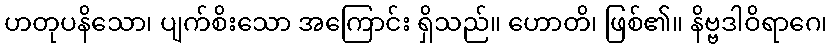
ဟတုပနိသော၊ ပျက်စိးသော အကြောင်း ရှိသည်။ ဟောတိ၊ ဖြစ်၏။ နိဗ္ဗဒါဝိရာဂေ၊